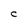
Character: C